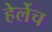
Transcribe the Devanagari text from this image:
हेर्लेच